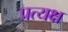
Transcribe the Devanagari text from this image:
प्रत्यक्ष